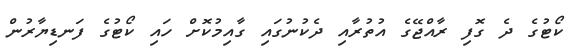
ކޯޓުގެ ދެ ގޮފި ރާއްޖޭގެ އުތުރާއި ދެކުނުގައި ގާއިމުކޮށް ހައި ކޯޓުގެ ފަނޑިޔާރުން